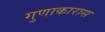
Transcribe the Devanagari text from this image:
गुणाकारास